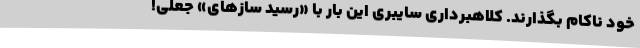
خود ناکام بگذارند. کلاهبرداری سایبری این بار با «رسید سازهای» جعلی!